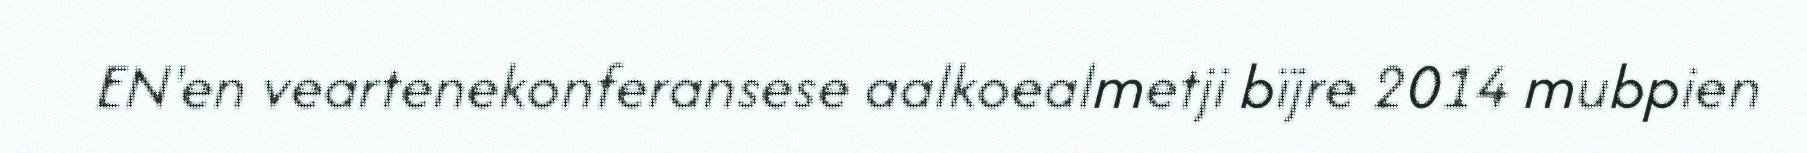
EN'en veartenekonferansese aalkoealmetji bïjre 2014 mubpien